Annual statistical returns and brief notes on vaccination in Bengal - 1896-1909
Year: 1896
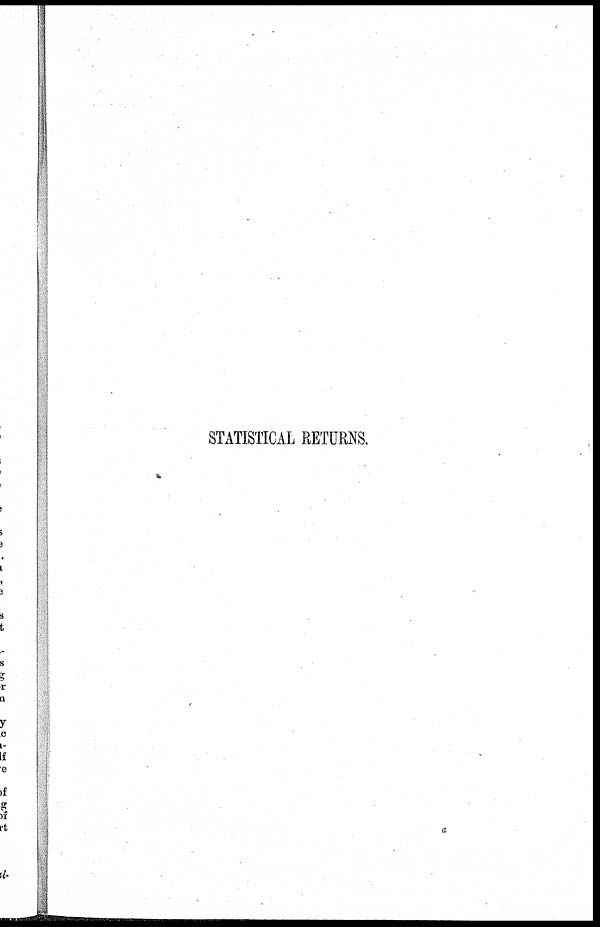
STATISTICAL RETURNS.
a